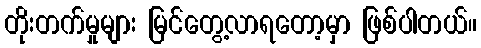
တိုးတက်မှုများ မြင်တွေ့လာရတော့မှာ ဖြစ်ပါတယ်။